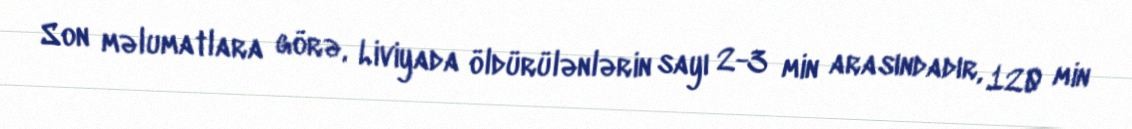
Son məlumatlara görə, Liviyada öldürülənlərin sayı 2-3 min arasındadır, 120 min